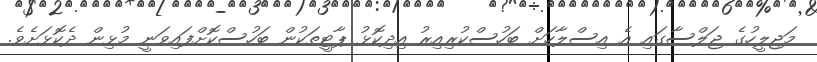
މަޖިލީހުގެ ޖަލްސާގައި އެ އިސްލާހަށް ބަހުސްކުރިއިރު އިދިކޮޅު ޕާޓީތަކުން ބަހުސްކޮށްފައިވަނީ މުޅިން ދެކޮޅަށެވެ.